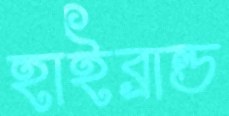
হাইব্রান্ড